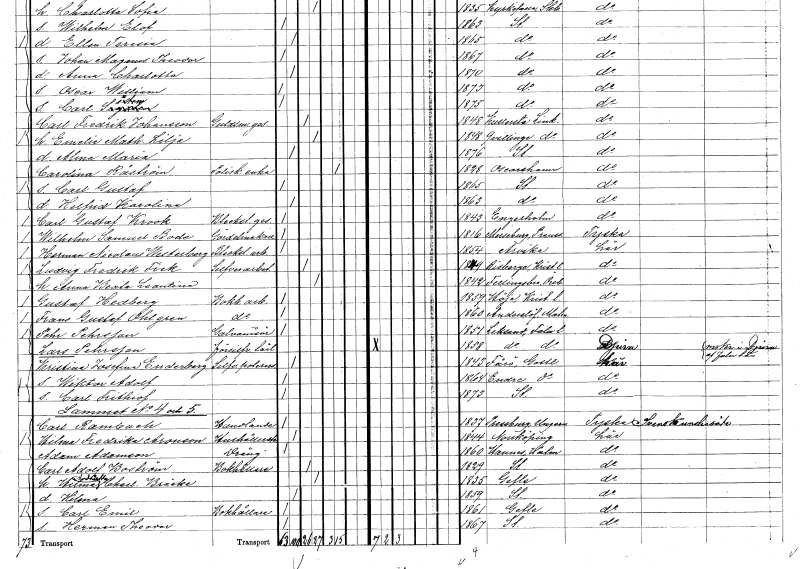
gt_parse: households: individuals: FN: Helfrid Karolina
KON: K
CIV: O
FODAR: 1863
FODFORS: Stockholm
FN: Carl Gustaf
EN: Krook
YRKE: Bleckslagaregesäll
KON: M
CIV: O
FODAR: 1843
FODFORS: Ängelholm Kristianstads län
FN: Wilhelm Samuel
EN: Bode
YRKE: Gördelmakare
KON: M
CIV: O
FODAR: 1816
FN: Herman Nicolaus
EN: Westerberg
YRKE: Bleckslageriarbetare
KON: M
CIV: O
FODAR: 1854
FODFORS: Arvika Värmlands län
FN: Ludvig Fredrik
EN: Fick
YRKE: Silverarbetare
KON: M
CIV: G
FODAR: 1849
FODFORS: Riseberga Kristianstads län
FN: Anna Beata Leontina
KON: K
CIV: G
FODAR: 1842
FODFORS: Fellingsbro Örebro län
FN: Gustaf
EN: Hedberg
YRKE: Bokbinderiarbetare
KON: M
CIV: O
FODAR: 1859
FODFORS: Höja Kristianstads län
FN: Frans Gustaf
EN: Ohlgren
YRKE: Bokbinderiarbetare
KON: M
CIV: O
FODAR: 1860
FODFORS: Anderslöv Malmöhus län
FN: Pehr
EN: Pehrsson
YRKE: Galvanisör
KON: M
CIV: O
FODAR: 1851
FODFORS: Leksand Kopparbergs län
FN: Lars
EN: Pehrsson
YRKE: Försilverlärling
KON: M
CIV: O
FODAR: 1858
FODFORS: Leksand Kopparbergs län
FN: Kristina Josefina
EN: Enderberg
YRKE: Silverpolererska
KON: K
CIV: O
FODAR: 1843
FODFORS: Fårö Gotlands län
FN: Wiktor Adolf
KON: M
CIV: O
FODAR: 1864
FODFORS: Endre Gotlands län
FN: Carl Frithiof
KON: M
CIV: O
FODAR: 1873
FODFORS: Stockholm
FN: Carl
EN: Rambach
YRKE: Handlande
KON: M
CIV: O
FODAR: 1837
FN: Hilma Fredrika
EN: Aronson
YRKE: Hushållerska
KON: K
CIV: O
FODAR: 1844
FODFORS: Norrköping Östergötlands län
FN: Adam
EN: Adamson
YRKE: Dräng
KON: M
CIV: O
FODAR: 1860
FODFORS: Hannäs Östergötlands län
FN: Carl Adolf
EN: Boström
YRKE: Bokhållare
KON: M
CIV: G
FODAR: 1829
FODFORS: Stockholm
FN: Hilma Andrietta Charlotta
EN: Bräcke
KON: K
CIV: G
FODAR: 1835
FODFORS: Gävle Gävleborgs län
FN: Hilma
KON: K
CIV: O
FODAR: 1859
FODFORS: Stockholm
FN: Carl Emil
YRKE: Bokhållare
KON: M
CIV: O
FODAR: 1861
FODFORS: Gävle Gävleborgs län
FN: Herman Theodor
KON: M
CIV: O
FODAR: 1867
FODFORS: Stockholm